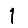
Digit: 1